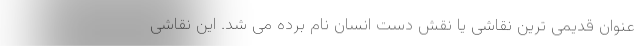
عنوان قدیمی ترین نقاشی یا نقش دست انسان نام برده می شد. این نقاشی